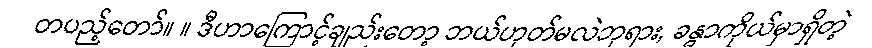
တပည့်တော်။ ။ ဒီဟာကြောင့်ချည်းတော့ ဘယ်ဟုတ်မလဲဘုရား, ခန္ဓာကိုယ်မှာရှိတဲ့